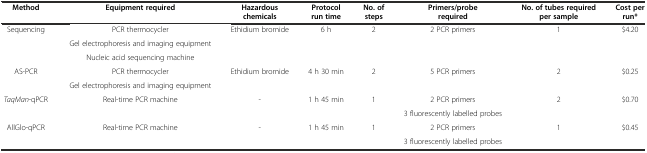
<table><thead><tr><td><b>Method</b></td><td><b>Equipment required</b></td><td><b>Hazardous chemicals</b></td><td><b>Protocol run time</b></td><td><b>No. of steps</b></td><td><b>Primers/probe required</b></td><td><b>No. of tubes required per sample</b></td><td><b>Cost per run*</b></td></tr></thead><tbody><tr><td>Sequencing</td><td>PCR thermocycler</td><td>Ethidium bromide</td><td>6 h</td><td>2</td><td>2 PCR primers</td><td>1</td><td>$4.20</td></tr><tr><td></td><td>Gel electrophoresis and imaging equipment</td><td></td><td></td><td></td><td></td><td></td><td></td></tr><tr><td></td><td>Nucleic acid sequencing machine</td><td></td><td></td><td></td><td></td><td></td><td></td></tr><tr><td>AS-PCR</td><td>PCR thermocycler</td><td>Ethidium bromide</td><td>4 h 30 min</td><td>2</td><td>5 PCR primers</td><td>2</td><td>$0.25</td></tr><tr><td></td><td>Gel electrophoresis and imaging equipment</td><td></td><td></td><td></td><td></td><td></td><td></td></tr><tr><td><i>TaqMan</i>-qPCR</td><td>Real-time PCR machine</td><td>-</td><td>1 h 45 min</td><td>1</td><td>2 PCR primers</td><td>2</td><td>$0.70</td></tr><tr><td></td><td></td><td></td><td></td><td></td><td>3 fluorescently labelled probes</td><td></td><td></td></tr><tr><td>AllGlo-qPCR</td><td>Real-time PCR machine</td><td>-</td><td>1 h 45 min</td><td>1</td><td>2 PCR primers</td><td>1</td><td>$0.45</td></tr><tr><td></td><td></td><td></td><td></td><td></td><td>3 fluorescently labelled probes</td><td></td><td></td></tr></tbody></table>